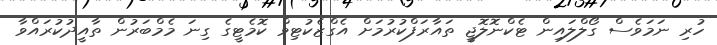
ހުރި ނަމަވެސް ގޯލްލައިން ޓެކްނޮލޮޖީ ތައާރަފްކުރުމަށް އެގްޒެކުޓިވް ކޮމެޓީގެ ގިނަ މެމްބަރުން ތާއީދުކުރައްވާ